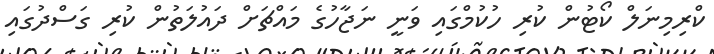
ކްރިމިނަލް ކޯޓުން ކުރި ހުކުމްގައި ވަނީ ނަޖާހުގެ މައްޗަށް ދައުލަތުން ކުރި ގަސްދުގައި